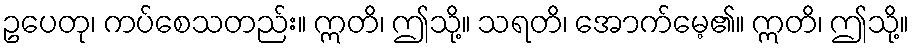
ဥပေတု၊ ကပ်စေသတည်း။ ဣတိ၊ ဤသို့။ သရတိ၊ အောက်မေ့၏။ ဣတိ၊ ဤသို့။